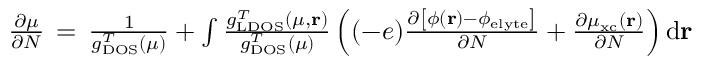
\begin{array} { r } { \frac { \partial \mu } { \partial N } \, = \, \frac { 1 } { g _ { \mathrm { D O S } } ^ { T } ( \mu ) } + \int \frac { g _ { \mathrm { L D O S } } ^ { T } ( \mu , \mathbf { r } ) } { g _ { \mathrm { D O S } } ^ { T } ( \mu ) } \left( ( - e ) \frac { \partial \left[ \phi ( \mathbf { r } ) - \phi _ { \mathrm { e l y t e } } \right] } { \partial N } + \frac { \partial \mu _ { \mathrm { x c } } ( \mathbf { r } ) } { \partial N } \right) \mathrm { d } \mathbf { r } } \end{array}